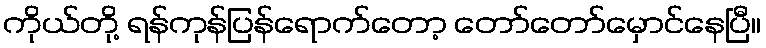
ကိုယ်တို့ ရန်ကုန်ပြန်ရောက်တော့ တော်တော်မှောင်နေပြီ။